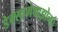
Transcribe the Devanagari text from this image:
डेक्सामेथाझोनचे